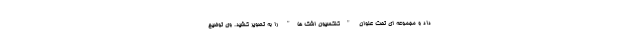
داد و مجموعه ای تحت عنوان "کلکسیون اشک ها" را به تصویر کشید. وی توضیح